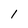
Character: 1